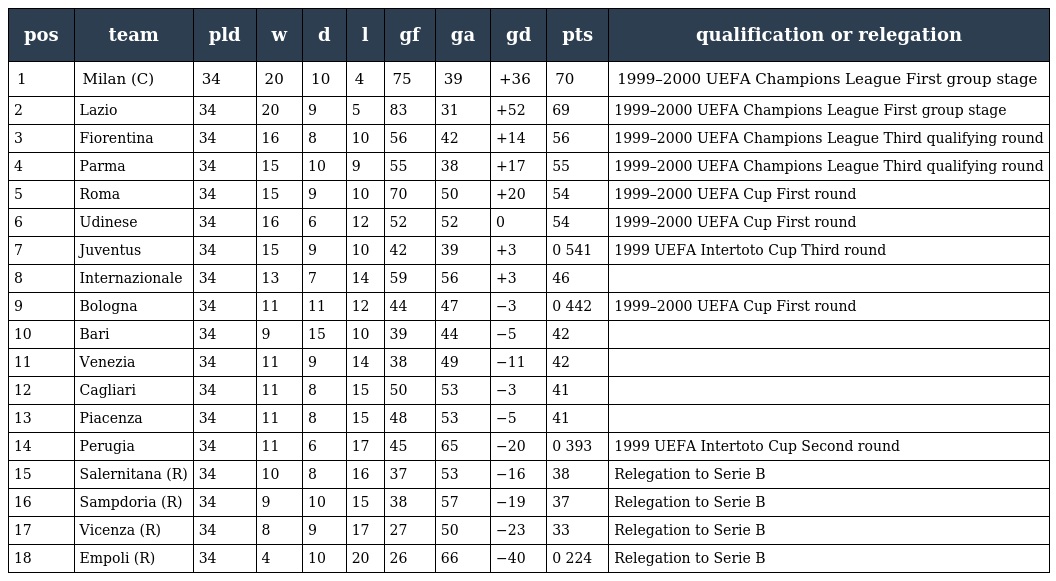
| pos | team | pld | w | d | l | gf | ga | gd | pts | qualification or relegation |
 | --- | --- | --- | --- | --- | --- | --- | --- | --- | --- | --- |
 | 1 | Milan (C) | 34 | 20 | 10 | 4 | 75 | 39 | +36 | 70 | 1999–2000 UEFA Champions League First group stage |
 | 2 | Lazio | 34 | 20 | 9 | 5 | 83 | 31 | +52 | 69 | 1999–2000 UEFA Champions League First group stage |
 | 3 | Fiorentina | 34 | 16 | 8 | 10 | 56 | 42 | +14 | 56 | 1999–2000 UEFA Champions League Third qualifying round |
 | 4 | Parma | 34 | 15 | 10 | 9 | 55 | 38 | +17 | 55 | 1999–2000 UEFA Champions League Third qualifying round |
 | 5 | Roma | 34 | 15 | 9 | 10 | 70 | 50 | +20 | 54 | 1999–2000 UEFA Cup First round |
 | 6 | Udinese | 34 | 16 | 6 | 12 | 52 | 52 | 0 | 54 | 1999–2000 UEFA Cup First round |
 | 7 | Juventus | 34 | 15 | 9 | 10 | 42 | 39 | +3 | 0 541 | 1999 UEFA Intertoto Cup Third round |
 | 8 | Internazionale | 34 | 13 | 7 | 14 | 59 | 56 | +3 | 46 |  |
 | 9 | Bologna | 34 | 11 | 11 | 12 | 44 | 47 | −3 | 0 442 | 1999–2000 UEFA Cup First round |
 | 10 | Bari | 34 | 9 | 15 | 10 | 39 | 44 | −5 | 42 |  |
 | 11 | Venezia | 34 | 11 | 9 | 14 | 38 | 49 | −11 | 42 |  |
 | 12 | Cagliari | 34 | 11 | 8 | 15 | 50 | 53 | −3 | 41 |  |
 | 13 | Piacenza | 34 | 11 | 8 | 15 | 48 | 53 | −5 | 41 |  |
 | 14 | Perugia | 34 | 11 | 6 | 17 | 45 | 65 | −20 | 0 393 | 1999 UEFA Intertoto Cup Second round |
 | 15 | Salernitana (R) | 34 | 10 | 8 | 16 | 37 | 53 | −16 | 38 | Relegation to Serie B |
 | 16 | Sampdoria (R) | 34 | 9 | 10 | 15 | 38 | 57 | −19 | 37 | Relegation to Serie B |
 | 17 | Vicenza (R) | 34 | 8 | 9 | 17 | 27 | 50 | −23 | 33 | Relegation to Serie B |
 | 18 | Empoli (R) | 34 | 4 | 10 | 20 | 26 | 66 | −40 | 0 224 | Relegation to Serie B |